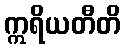
ဣရိယတီတိ